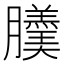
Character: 𦢹